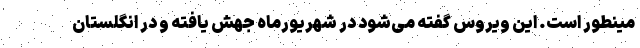
مینطور است. این ویروس گفته می‌شود در شهریورماه جهش یافته و در انگلستان